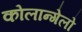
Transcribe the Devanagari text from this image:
कोलान्गेलो